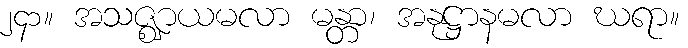
၂၄၁။ အသဇ္ဈာယမလာ မန္တာ၊ အနုဋ္ဌာနမလာ ဃရာ။